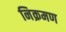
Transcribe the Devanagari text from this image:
निक्रमण